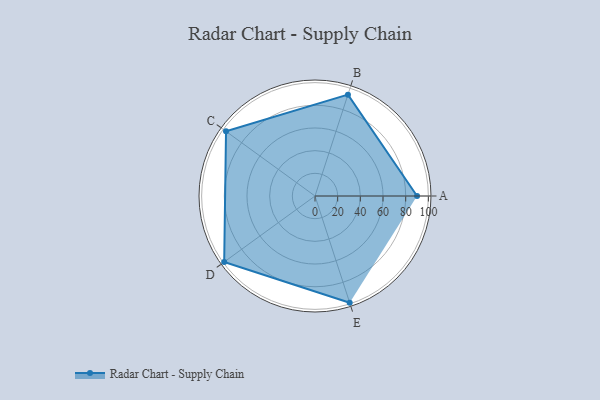
{"axis": {"x": "Skill", "y": "Score"}, "legend": ["Profile"], "data": [{"x": "A", "y": 90.0, "type": "Profile"}, {"x": "B", "y": 94.0, "type": "Profile"}, {"x": "C", "y": 97.0, "type": "Profile"}, {"x": "D", "y": 99, "type": "Profile"}, {"x": "E", "y": 99, "type": "Profile"}]}